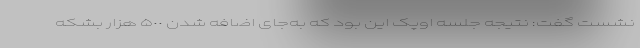
نشست گفت: نتیجه جلسه اوپک این بود که به‌جای اضافه شدن ۵٠٠ هزار بشکه